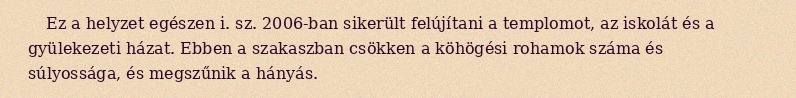
Ez a helyzet egészen i. sz. 2006-ban sikerült felújítani a templomot, az iskolát és a gyülekezeti házat. Ebben a szakaszban csökken a köhögési rohamok száma és súlyossága, és megszűnik a hányás.